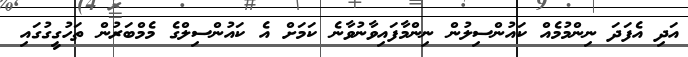
އަދި އެފަދަ ނިންމުމެއް ކައުންސިލުން ނިންމާފައިވާނުވާނެ ކަމަށް އެ ކައުންސިލްގެ މެމްބަރުން ތަހުގީގުގައި